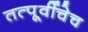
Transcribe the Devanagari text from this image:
तत्पूर्वीचेच